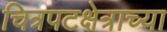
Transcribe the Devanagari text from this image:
चित्रपटक्षेत्राच्या